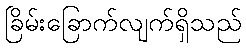
ခြိမ်းခြောက်လျက်ရှိသည်